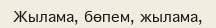
Жылама, бөпем, жылама,